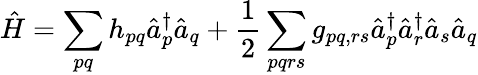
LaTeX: \hat{H}=\sum_{pq}h_{pq}\hat{a}_{p}^{\dagger}\hat{a}_{q}+\frac{1}{2}\sum_{pqrs}g_{pq,rs}\hat{a}_{p}^{\dagger}\hat{a}_{r}^{\dagger}\hat{a}_{s}\hat{a}_{q}